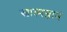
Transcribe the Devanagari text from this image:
स्वात्मज्ञानं